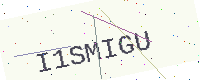
Text: I1SMIGU